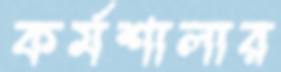
কর্মশালার